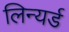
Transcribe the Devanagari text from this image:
लिन्यर्ड